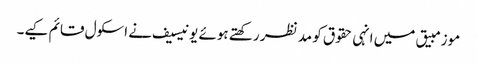
موزمبیق میں انہی حقوق کو مد نظر رکھتے ہوئے یونیسیف نے اسکول قائم کیے۔